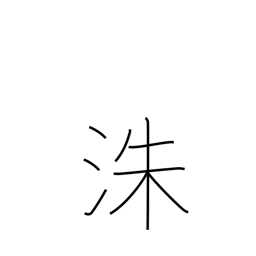
Meaning: name of a Chinese river